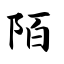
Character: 陌